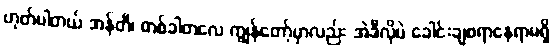
ဟုတ်ပါတယ် အန်တီ၊ တစ်ခါတလေ ကျွန်တော့်မှာလည်း အဲဒီလိုပဲ ခေါင်းချစရာနေရာမရှိ